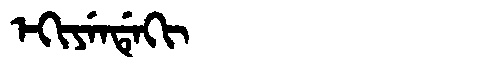
Manchu: ᡝᡴᡳᠶᡝᠨᡩᡝᡴᡳ
Romanization: EKIYENDEKI